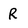
Character: R